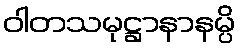
ဝါတသမုဋ္ဌာနာနမ္ပိ